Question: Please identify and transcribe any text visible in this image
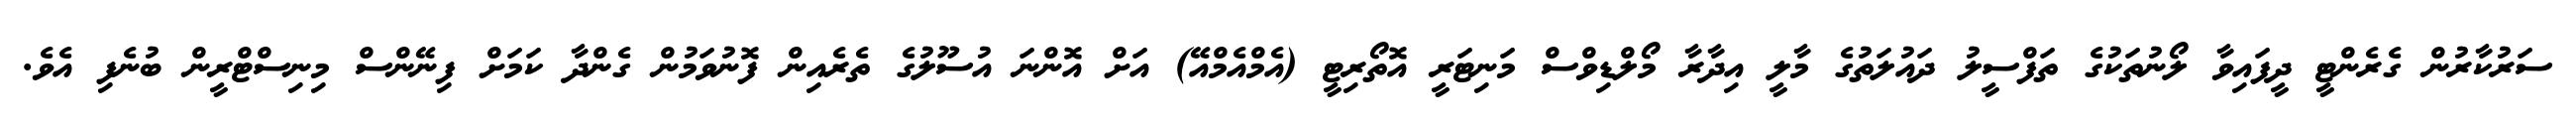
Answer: ސަރުކާރުން ގެރެންޓީ ދީފައިވާ ލޯނުތަކުގެ ތަފްސީލު ދައުލަތުގެ މާލީ އިދާރާ މޯލްޑިވްސް މަނިޓަރީ އޮތޯރިޓީ (އެމްއެމްއޭ) އަށް އޮންނަ އުސޫލުގެ ތެރެއިން ފޮނުވަމުން ގެންދާ ކަމަށް ފިނޭންސް މިނިސްޓްރީން ބުނެފި އެވެ.